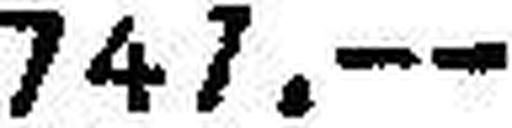
747.—